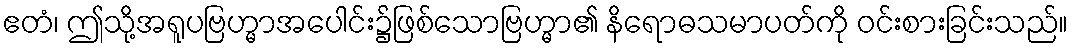
ဧတံ၊ ဤသို့အရူပဗြဟ္မာအပေါင်း၌ဖြစ်သောဗြဟ္မာ၏ နိရောဓသမာပတ်ကို ဝင်းစားခြင်းသည်။